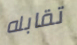
تقابله